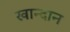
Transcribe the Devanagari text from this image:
खान्दान